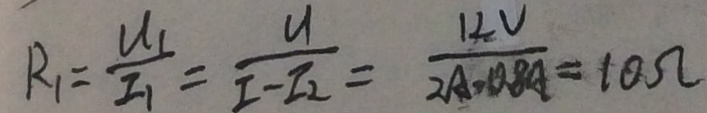
R _ { 1 } = \frac { U _ { 1 } } { I _ { 1 } } = \frac { U } { I - I _ { 2 } } = \frac { 1 2 V } { 2 A . 0 . 8 A } = 1 0 \Omega